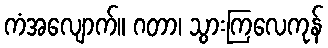
ကံအလျောက်။ ဂတာ၊ သွားကြလေကုန်